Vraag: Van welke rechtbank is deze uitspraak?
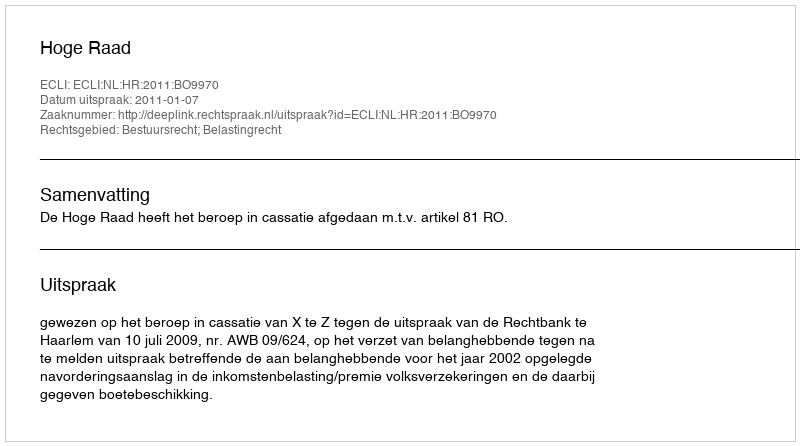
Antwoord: Hoge Raad